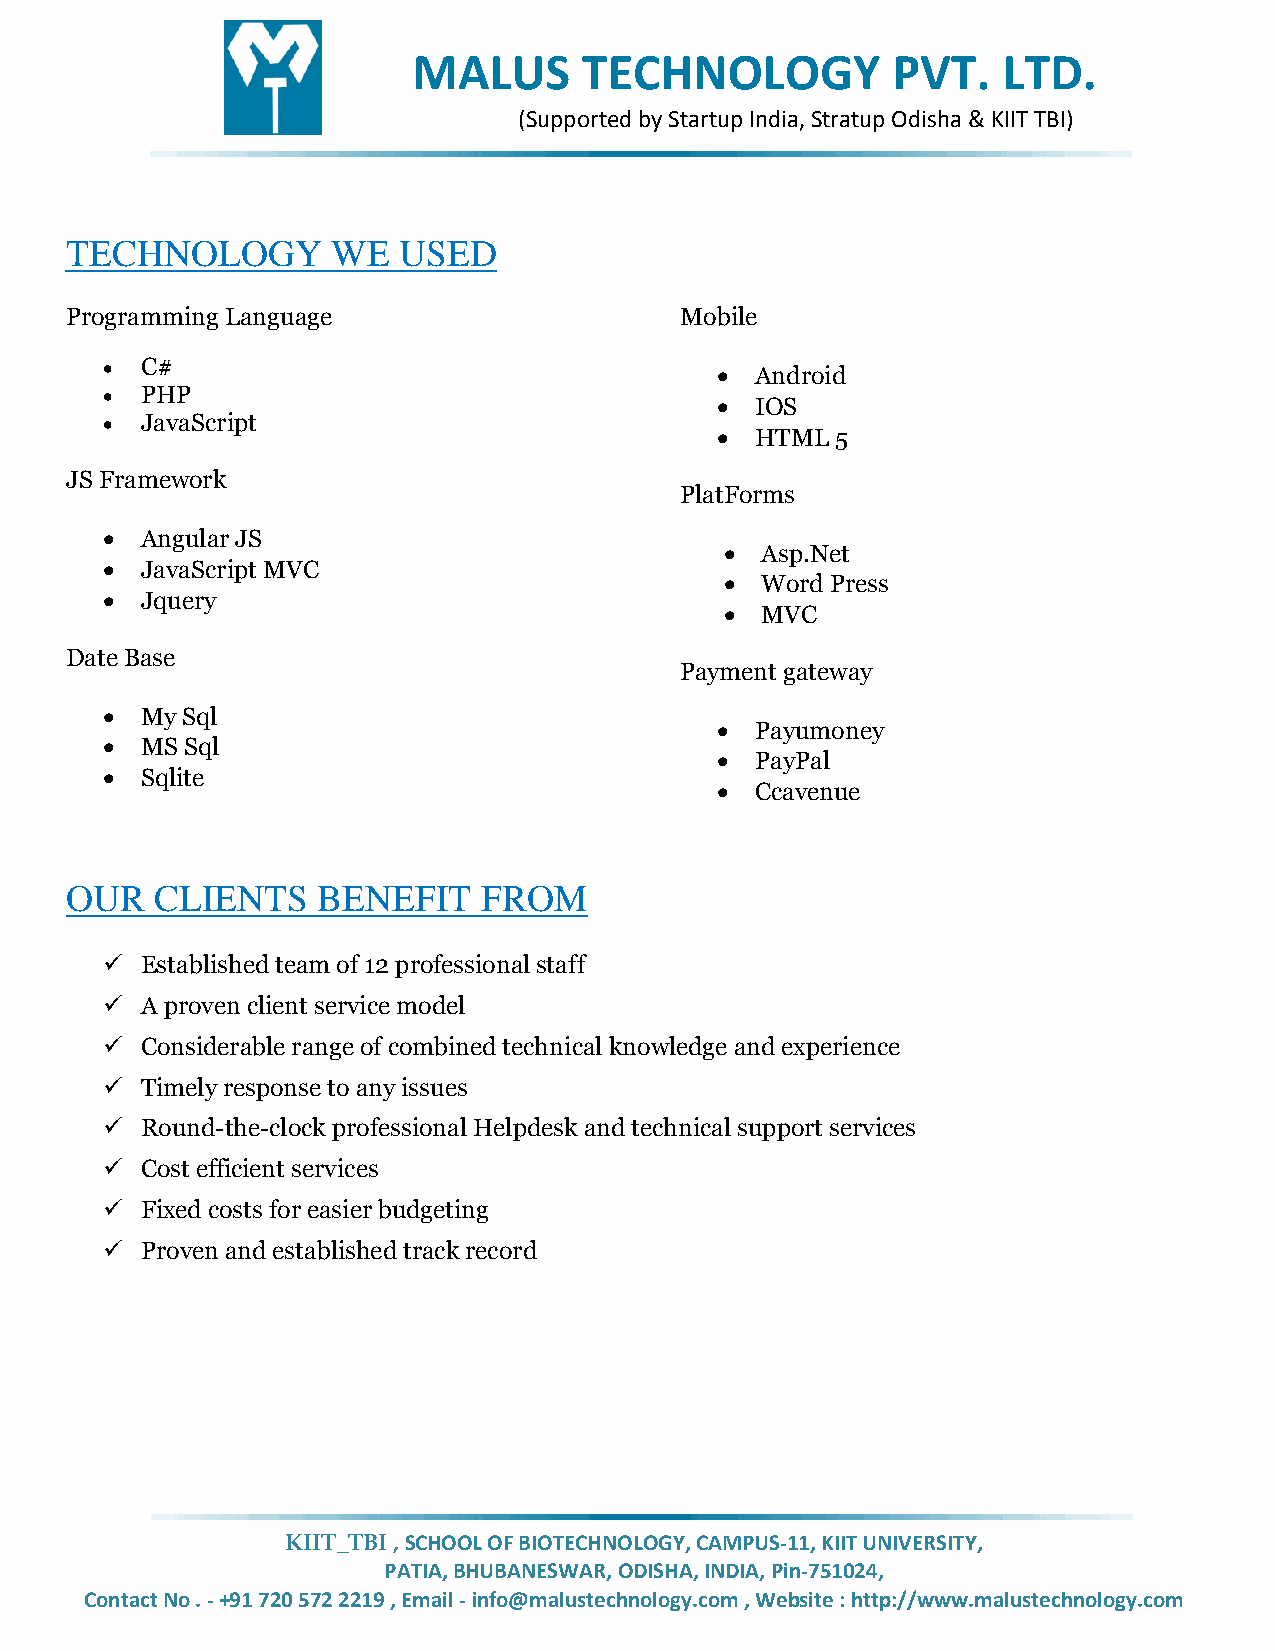
MALUS       TECHNOLOGY          PVT.   LTD.
 (Supported by Startup India, Stratup Odisha & KIIT TBI)
 TECHNOLOGY        WE  USED
 Programming Language                     Mobile
  C#
   Android
  PHP
   IOS
  JavaScript
   HTML 5
 JS Framework
 PlatForms
  Angular JS
  Asp.Net
  JavaScript MVC
  Word Press
  Jquery
  MVC
 Date Base
 Payment gateway
  My Sql
   Payumoney
  MS Sql
   PayPal
  Sqlite
   Ccavenue
 OUR   CLIENTS    BENEFIT    FROM
  Established team of 12 professional staff
  A proven client service model
  Considerable range of combined technical knowledge and experience
  Timely response to any issues
  Round-the-clock professional Helpdesk and technical support services
  Cost efficient services
  Fixed costs for easier budgeting
  Proven and established track record
 KIIT_TBI , SCHOOL OF BIOTECHNOLOGY, CAMPUS-11, KIIT UNIVERSITY,
 PATIA, BHUBANESWAR, ODISHA, INDIA, Pin-751024,
 Contact No . - +91 720 572 2219 , Email - info@malustechnology.com , Website : http://www.malustechnology.com